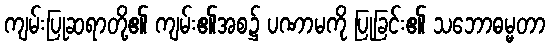
ကျမ်းပြုဆရာတို့၏ ကျမ်း၏အစ၌ ပဏာမကို ပြုခြင်း၏ သဘောဓမ္မတာ